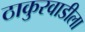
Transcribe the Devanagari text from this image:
ठाकुरवाडीला